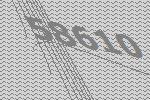
58610